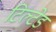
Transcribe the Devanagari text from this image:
टिल्‍टेड